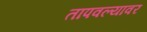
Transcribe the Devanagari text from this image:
तापवल्यावर